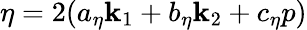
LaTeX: \eta=2(a_{\eta}\mathbf{k}_{1}+b_{\eta}\mathbf{k}_{2}+c_{\eta}p)